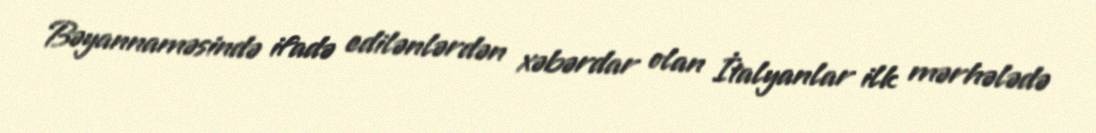
Bəyannaməsində ifadə edilənlərdən xəbərdar olan İtalyanlar ilk mərhələdə